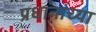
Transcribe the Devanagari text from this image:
प्रधानांच्या